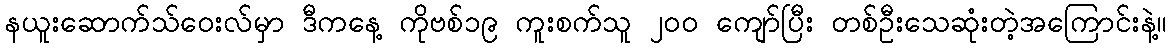
နယူးဆောက်သ်ဝေးလ်မှာ ဒီကနေ့ ကိုဗစ်၁၉ ကူးစက်သူ ၂၀၀ ကျော်ပြီး တစ်ဦးသေဆုံးတဲ့အကြောင်းနဲ့။